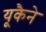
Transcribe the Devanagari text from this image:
यूकैने